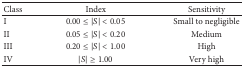
| Class | Index | Sensitivity |
 | --- | --- | --- |
 | I | 0.00 ≤ |S | <0.05 | Small to negligible |
 | II | 0.05 ≤ |S | <0.20 | Medium |
 | III | 0.20 ≤ |S | <1.00 | High |
 | IV | |S | ≥1.00 | Very high |